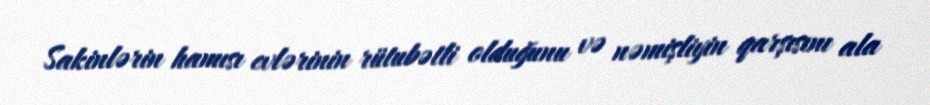
Sakinlərin hamısı evlərinin rütubətli olduğunu və nəmişliyin qarşısını ala